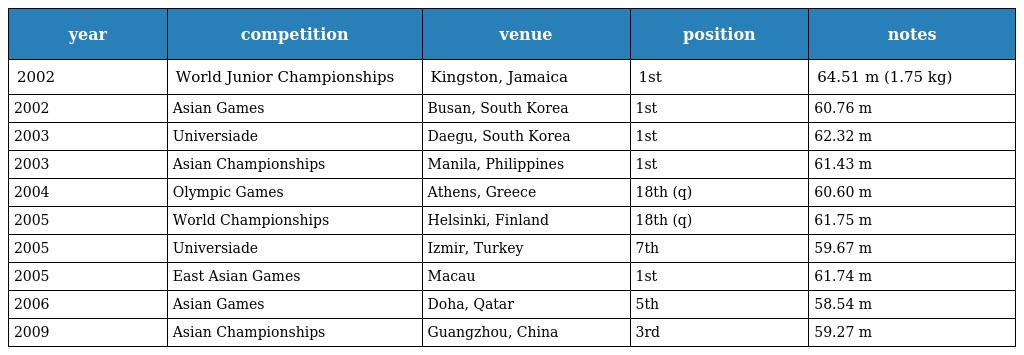
| year | competition | venue | position | notes |
 | --- | --- | --- | --- | --- |
 | 2002 | World Junior Championships | Kingston, Jamaica | 1st | 64.51 m (1.75 kg) |
 | 2002 | Asian Games | Busan, South Korea | 1st | 60.76 m |
 | 2003 | Universiade | Daegu, South Korea | 1st | 62.32 m |
 | 2003 | Asian Championships | Manila, Philippines | 1st | 61.43 m |
 | 2004 | Olympic Games | Athens, Greece | 18th (q) | 60.60 m |
 | 2005 | World Championships | Helsinki, Finland | 18th (q) | 61.75 m |
 | 2005 | Universiade | Izmir, Turkey | 7th | 59.67 m |
 | 2005 | East Asian Games | Macau | 1st | 61.74 m |
 | 2006 | Asian Games | Doha, Qatar | 5th | 58.54 m |
 | 2009 | Asian Championships | Guangzhou, China | 3rd | 59.27 m |